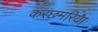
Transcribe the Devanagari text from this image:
करछमरिया